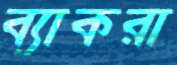
ব্যাকরা